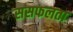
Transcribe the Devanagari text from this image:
ससफलता